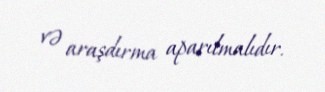
və araşdırma aparılmalıdır.